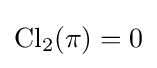
\operatorname {Cl} _{2}(\pi )=0